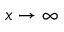
x \to \infty